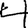
Digit: 4